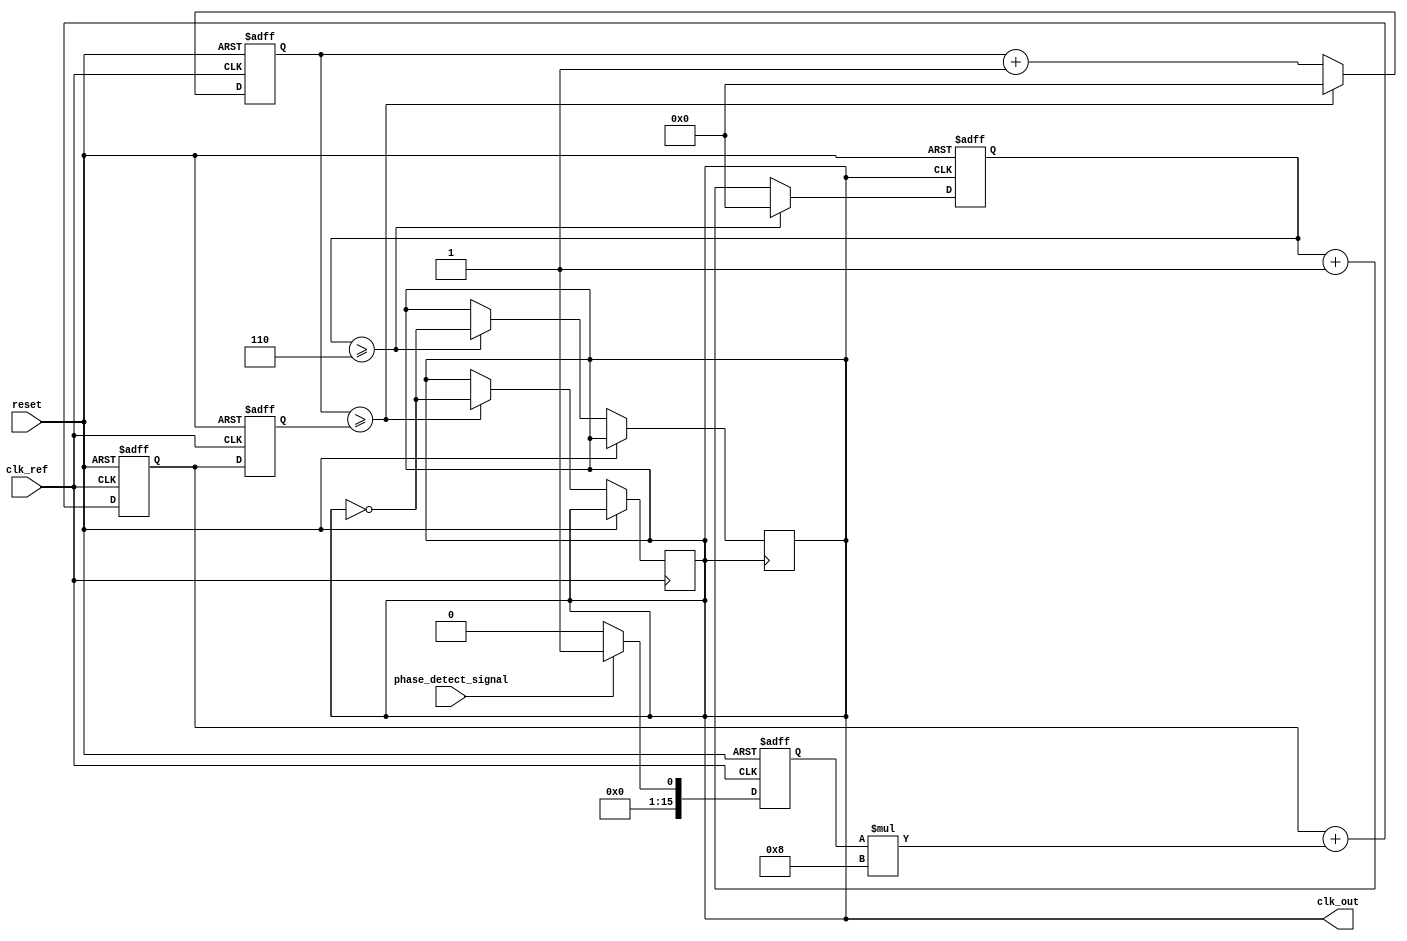
module frac_n_pll (
    input wire clk_ref,            // Reference clock input
    input wire reset,              // Reset signal
    input wire phase_detect_signal, // Phase detector input
    output reg clk_out             // Output clock
);

// Parameters
parameter N = 4;                 // Integer division ratio
parameter FRAC = 2;              // Fractional division
parameter LOOP_FILTER_GAIN = 8;  // Loop filter gain

// Internal signals
reg [15:0] vco_freq;             // VCO frequency control
reg [15:0] phase_error;          // Phase error signal
reg [15:0] loop_filter_output;    // Output of the loop filter
reg [15:0] vco_counter;          // VCO counter for generating output clock
reg [15:0] divider_counter;      // Counter for frequency divider
reg [15:0] frac_divider;         // Fractional divider value

// Phase Detector
always @(posedge clk_ref or posedge reset) begin
    if (reset) begin
        phase_error <= 16'd0;
    end else begin
        // Simple phase detection logic (for illustration)
        phase_error <= phase_detect_signal ? 16'd1 : 16'd0; // Example phase error
    end
end

// Loop Filter
always @(posedge clk_ref or posedge reset) begin
    if (reset) begin
        loop_filter_output <= 16'd0;
    end else begin
        loop_filter_output <= loop_filter_output + (phase_error * LOOP_FILTER_GAIN);
    end
end

// Voltage-Controlled Oscillator (VCO)
always @(posedge clk_ref or posedge reset) begin
    if (reset) begin
        vco_freq <= 16'd0;
        vco_counter <= 16'd0;
    end else begin
        vco_freq <= loop_filter_output; // Control voltage from loop filter
        // VCO output generation
        if (vco_counter >= vco_freq) begin
            clk_out <= ~clk_out; // Toggle output clock
            vco_counter <= 16'd0;
        end else begin
            vco_counter <= vco_counter + 1;
        end
    end
end

// Frequency Divider
always @(posedge clk_out or posedge reset) begin
    if (reset) begin
        divider_counter <= 16'd0;
    end else begin
        // Simple frequency division logic
        if (divider_counter >= (N + FRAC)) begin // Example division logic
            clk_out <= ~clk_out; // Output divided clock
            divider_counter <= 16'd0;
        end else begin
            divider_counter <= divider_counter + 1;
        end
    end
end

endmodule